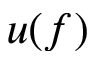
u ( f )